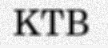
KTB